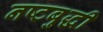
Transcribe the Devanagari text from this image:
नष्टबुद्धी